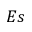
E s